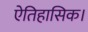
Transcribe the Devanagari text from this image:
ऐतिहासिक।